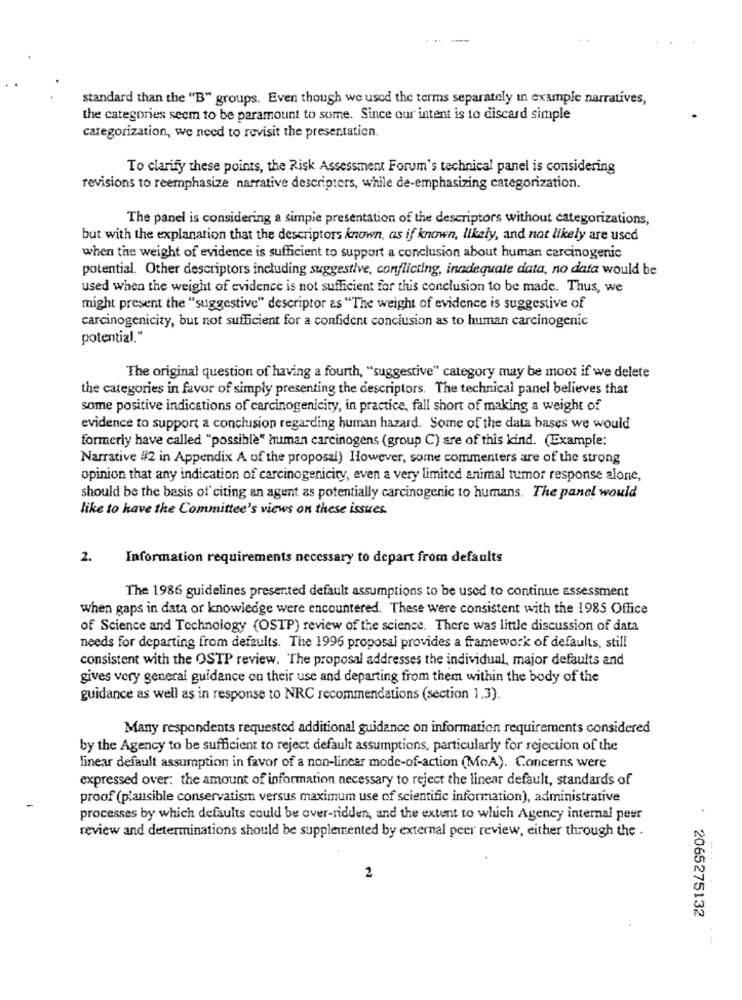
standard than the "B" groups. Even though we used the terms separately in example narratives,
the categories seem to be paramount to some. Since our intent is to discard simple
categorization, we need to revisit the presentation.
To clarify these points, the Risk Assessment Forum's technical panel is considering
revisions to reemphasize narrative descriptors, while de-emphasizing categorization.
The panel is considering a simple presentation of the descriptors without categorizations,
but with the explanation that the descriptors known, as if known, likely, and not likely are used
when the weight of evidence is sufficient to support a conclusion about human carcinogenic
potential. Other descriptors including suggestive, conflicting, inadequate data, no data would be
used when the weight of evidence is not sufficient for this conclusion to be made. Thus, we
might present the "suggestive" descriptor as "The weight of evidence is suggestive of
carcinogenicity, but not sufficient for a confident conclusion as to human carcinogenic
potential."
The original question of having a fourth, "suggestive" category may be moot if we delete
the categories in favor of simply presenting the descriptors. The technical panel believes that
some positive indications of carcinogenicity, in practice, fall short of making a weight of
evidence to support a conclusion regarding human hazard. Some of the data bases we would
formerly have called "possible" human carcinogens (group C) are of this kind. (Example:
Narrative #2 in Appendix A of the proposal) However, some commenters are of the strong
opinion that any indication of carcinogenicity, even a very limited animal tumor response alone,
should be the basis of citing an agent as potentially carcinogenic to humans. The panel would
like to have the Committee's views on these issues.
2.
Information requirements necessary to depart from defaults
The 1986 guidelines presented default assumptions to be used to continue assessment
when gaps in data or knowledge were encountered. These were consistent with the 1985 Office
of Science and Technology (OSTP) review of the science. There was little discussion of data
needs for departing from defaults. The 1996 proposal provides a framework of defaults, still
consistent with the OSTP review. The proposal addresses the individual, major defaults and
gives very general guidance on their use and departing from them within the body of the
guidance as well as in response to NRC recommendations (section 1.3).
Many respondents requested additional guidance on information requirements considered
by the Agency to be sufficient to reject default assumptions, particularly for rejection of the
linear default assumption in favor of a non-linear mode-of-action (MoA). Concerns were
expressed over: the amount of information necessary to reject the linear default, standards of
proof (plausible conservatism versus maximum use of scientific information), administrative
processes by which defaults could be over-ridden, and the extent to which Agency internal peer
review and determinations should be supplemented by external peer review, either through the .
2
2065275132